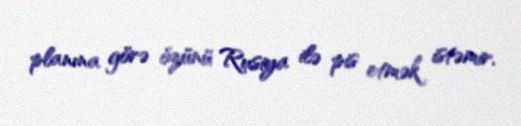
planına görə özünü Rusiya ilə pis etmək istəmir.